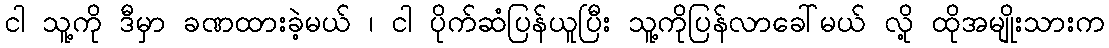
ငါ သူ့ကို ဒီမှာ ခဏထားခဲ့မယ် ၊ ငါ ပိုက်ဆံပြန်ယူပြီး သူ့ကိုပြန်လာခေါ်မယ် လို့ ထိုအမျိုးသားက